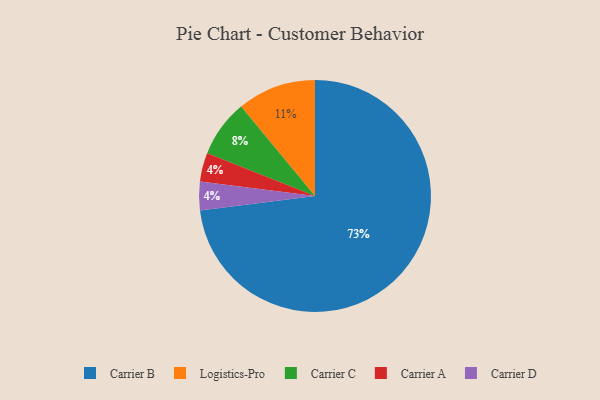
{"axis": {"x": "Category", "y": "Percentage"}, "legend": ["Carrier A", "Carrier B", "Carrier C", "Carrier D", "Logistics-Pro"], "data": [{"x": "Carrier C", "y": 8, "type": "Carrier C"}, {"x": "Carrier A", "y": 4, "type": "Carrier A"}, {"x": "Logistics-Pro", "y": 11, "type": "Logistics-Pro"}, {"x": "Carrier B", "y": 73, "type": "Carrier B"}, {"x": "Carrier D", "y": 4, "type": "Carrier D"}]}